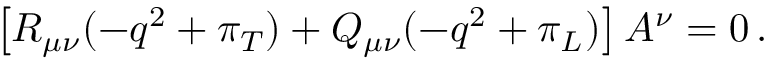
\left[ R _ { \mu \nu } ( - q ^ { 2 } + \pi _ { T } ) + Q _ { \mu \nu } ( - q ^ { 2 } + \pi _ { L } ) \right] A ^ { \nu } = 0 \, .